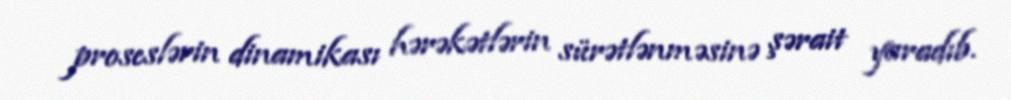
proseslərin dinamikası hərəkətlərin sürətlənməsinə şərait yaradıb.